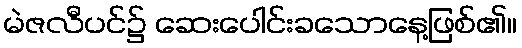
မဲဇလီပင်၌ ဆေးပေါင်းခသောနေ့ဖြစ်၏။